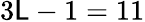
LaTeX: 3{\cal\mathsf{L}}-1=11